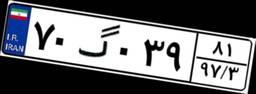
۷۰گ۰۳۹۸۱